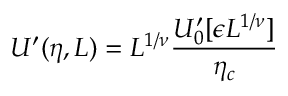
U ^ { \prime } ( \eta , L ) = L ^ { 1 / \nu } \frac { U _ { 0 } ^ { \prime } [ \epsilon L ^ { 1 / \nu } ] } { \eta _ { c } }